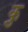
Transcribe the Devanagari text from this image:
कु़